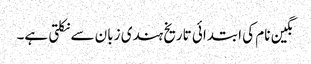
نگین نام کی ابتدائی تاریخ ہندی زبان سے نکلتی ہے۔